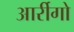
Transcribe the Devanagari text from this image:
आर्रीगो